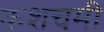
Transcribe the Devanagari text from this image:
कशचमी